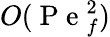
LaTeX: O(\mathrm{~P~e~}_{f}^{2})